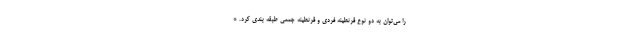
را می‌توان به دو نوع قرنطینه فردی و قرنطینه جمعی طبقه بندی کرد. *